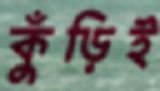
কুঁড়িই